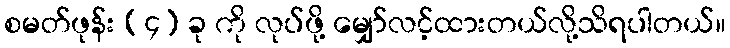
စမတ်ဖုန်း (၄) ခု ကို လုပ်ဖို့ မျှော်လင့်ထားတယ်လို့သိရပါတယ်။